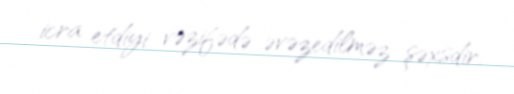
icra etdiyi vəzifədə əvəzedilməz şəxsdir.